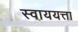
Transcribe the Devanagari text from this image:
स्वाययत्ता